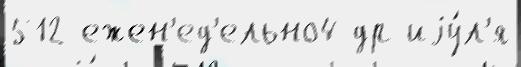
512 ежен'ед'ельно4 др иjу́л'я